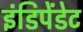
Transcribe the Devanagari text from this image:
इंडिपेंडेट